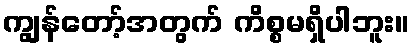
ကျွန်တော့်အတွက် ကိစ္စမရှိပါဘူး။